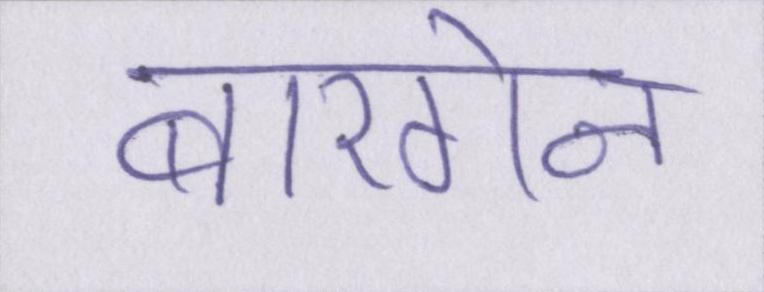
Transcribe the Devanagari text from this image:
बारगेन